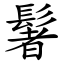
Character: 䰇